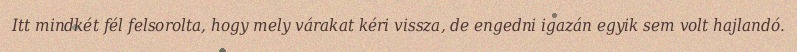
Itt mindkét fél felsorolta, hogy mely várakat kéri vissza, de engedni igazán egyik sem volt hajlandó.